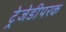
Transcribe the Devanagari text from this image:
ट्रेजेडीपरक